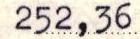
252,36